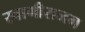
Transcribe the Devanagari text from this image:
स्वामीराजम